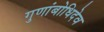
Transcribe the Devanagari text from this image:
गुणांबोधिदेव